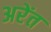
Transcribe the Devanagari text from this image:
अरेंत